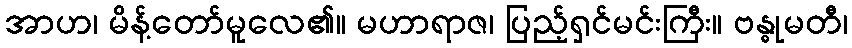
အာဟ၊ မိန့်တော်မူလေ၏။ မဟာရာဇ၊ ပြည့်ရှင်မင်းကြီး။ ဗန္ဓုမတီ၊